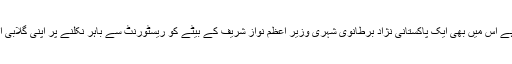
دوسری وڈیو بھی تقریباً ایسی ہی ہے اس میں بھی ایک پاکستانی نژاد برطانوی شہری وزیر اعظم نواز شریف کے بیٹے کو ریسٹورنٹ سے باہر نکلنے پر اپنی گلابی انگریزی میں خوب گالیاں دیتا ہے۔